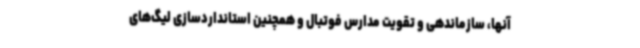
آنها، سازماندهی و تقویت مدارس فوتبال و همچنین استانداردسازی لیگ‌های